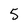
Character: 5